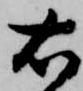
右